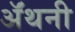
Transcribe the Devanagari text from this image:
ॲंथनी